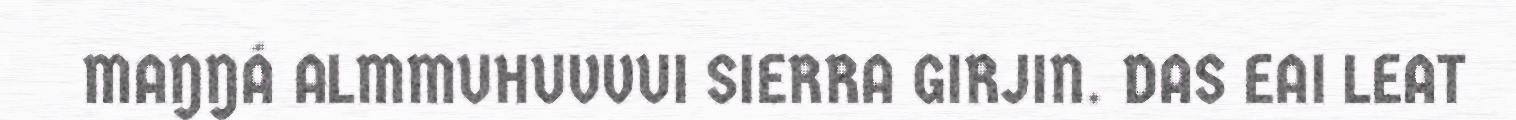
MAŊŊÁ ALMMUHUVVUI SIERRA GIRJIN. DAS EAI LEAT